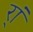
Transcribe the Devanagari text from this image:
र्‍ां